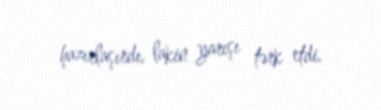
hazırlaşırdı, lakin yarışı tərk etdi.